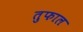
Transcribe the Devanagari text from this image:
तुफाल